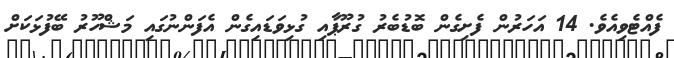
ފެއްޓެވިއެވެ. 14 އަހަރުން ފެށިގެން ބޮޑުބެރު ގުރޫޕާއި ގުޅިވަޑައިގެން އެފަންނުގައި މަޝްހޫރު ބޭފުޅަކަށް